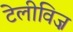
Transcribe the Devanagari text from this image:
टेलीविज़